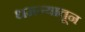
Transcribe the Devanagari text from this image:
धमन्यातून